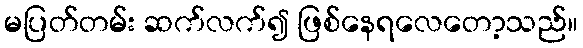
မပြတ်တမ်း ဆက်လက်၍ ဖြစ်နေရလေတော့သည်။